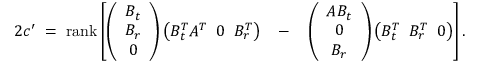
\begin{array} { r l r } { 2 c ^ { \prime } \; = \; \mathrm { r a n k } \left[ \left( \begin{array} { c } { B _ { t } } \\ { B _ { r } } \\ { 0 } \end{array} \right) \left( B _ { t } ^ { T } A ^ { T } \; \; 0 \; \; B _ { r } ^ { T } \right) \right. } & { - } & { \left. \left( \begin{array} { c } { A B _ { t } } \\ { 0 } \\ { B _ { r } } \end{array} \right) \left( B _ { t } ^ { T } \; \; B _ { r } ^ { T } \; \; 0 \right) \right] . } \end{array}